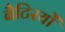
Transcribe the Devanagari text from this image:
बैटिरयों